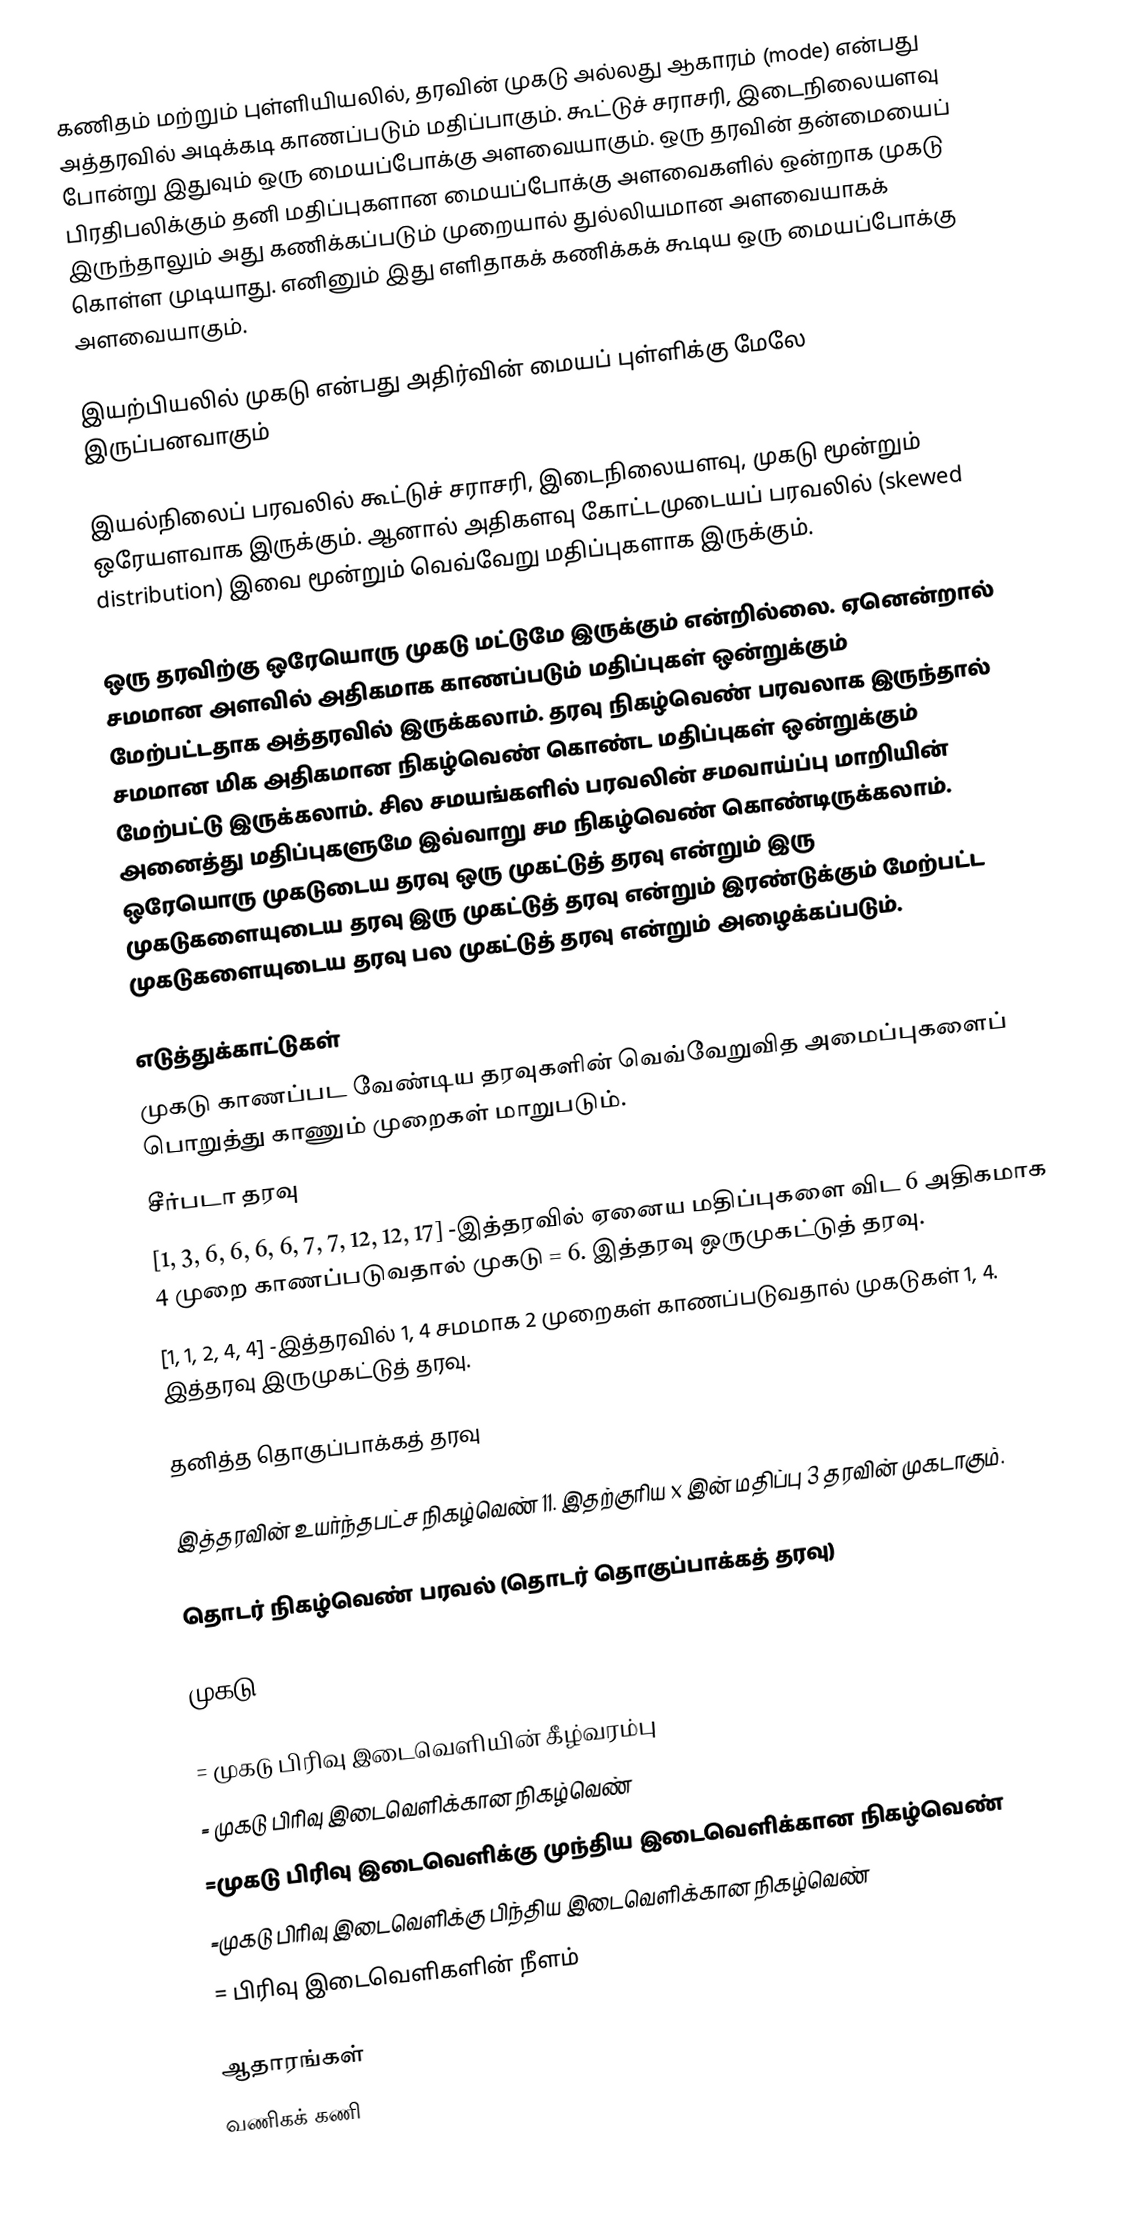
கணிதம் மற்றும் புள்ளியியலில், தரவின் முகடு அல்லது ஆகாரம் (mode) என்பது அத்தரவில் அடிக்கடி காணப்படும் மதிப்பாகும். கூட்டுச் சராசரி, இடைநிலையளவு போன்று இதுவும் ஒரு மையப்போக்கு அளவையாகும். ஒரு தரவின் தன்மையைப் பிரதிபலிக்கும் தனி மதிப்புகளான மையப்போக்கு அளவைகளில் ஒன்றாக முகடு இருந்தாலும் அது கணிக்கப்படும் முறையால் துல்லியமான அளவையாகக் கொள்ள முடியாது. எனினும் இது எளிதாகக் கணிக்கக் கூடிய ஒரு மையப்போக்கு அளவையாகும்.

இயற்பியலில் முகடு என்பது அதிர்வின் மையப் புள்ளிக்கு மேலே இருப்பனவாகும்

இயல்நிலைப் பரவலில் கூட்டுச் சராசரி, இடைநிலையளவு, முகடு மூன்றும் ஒரேயளவாக இருக்கும். ஆனால் அதிகளவு கோட்டமுடையப் பரவலில் (skewed distribution) இவை மூன்றும் வெவ்வேறு மதிப்புகளாக இருக்கும்.

ஒரு தரவிற்கு ஒரேயொரு முகடு மட்டுமே இருக்கும் என்றில்லை. ஏனென்றால் சமமான அளவில் அதிகமாக காணப்படும் மதிப்புகள் ஒன்றுக்கும் மேற்பட்டதாக அத்தரவில் இருக்கலாம். தரவு நிகழ்வெண் பரவலாக இருந்தால் சமமான மிக அதிகமான நிகழ்வெண் கொண்ட மதிப்புகள் ஒன்றுக்கும் மேற்பட்டு இருக்கலாம். சில சமயங்களில் பரவலின் சமவாய்ப்பு மாறியின் அனைத்து மதிப்புகளுமே இவ்வாறு சம நிகழ்வெண் கொண்டிருக்கலாம். ஒரேயொரு முகடுடைய தரவு ஒரு முகட்டுத் தரவு என்றும் இரு முகடுகளையுடைய தரவு இரு முகட்டுத் தரவு என்றும் இரண்டுக்கும் மேற்பட்ட முகடுகளையுடைய தரவு பல முகட்டுத் தரவு என்றும் அழைக்கப்படும்.

எடுத்துக்காட்டுகள்
முகடு காணப்பட வேண்டிய தரவுகளின் வெவ்வேறுவித அமைப்புகளைப் பொறுத்து காணும் முறைகள் மாறுபடும்.
சீர்படா தரவு
[1, 3, 6, 6, 6, 6, 7, 7, 12, 12, 17] -இத்தரவில் ஏனைய மதிப்புகளை விட 6 அதிகமாக 4 முறை காணப்படுவதால்  முகடு = 6. இத்தரவு ஒருமுகட்டுத் தரவு.
[1, 1, 2, 4, 4] -இத்தரவில் 1, 4 சமமாக 2 முறைகள் காணப்படுவதால் முகடுகள் 1, 4. இத்தரவு இருமுகட்டுத் தரவு.

தனித்த தொகுப்பாக்கத் தரவு

 இத்தரவின் உயர்ந்தபட்ச நிகழ்வெண் 11. இதற்குரிய x இன் மதிப்பு 3 தரவின் முகடாகும்.

தொடர் நிகழ்வெண் பரவல் (தொடர் தொகுப்பாக்கத் தரவு)

முகடு =

  = முகடு பிரிவு இடைவெளியின் கீழ்வரம்பு
= முகடு பிரிவு இடைவெளிக்கான நிகழ்வெண்
=முகடு பிரிவு இடைவெளிக்கு முந்திய இடைவெளிக்கான நிகழ்வெண்
=முகடு பிரிவு இடைவெளிக்கு பிந்திய இடைவெளிக்கான நிகழ்வெண்
= பிரிவு இடைவெளிகளின் நீளம்

ஆதாரங்கள்
வணிகக் கணி